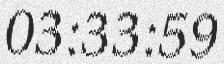
03:33:59